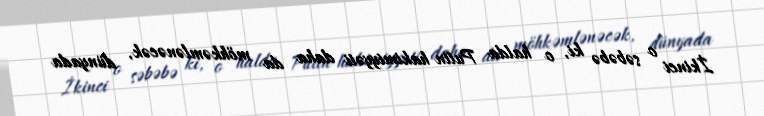
İkinci o səbəbə ki, o halda Putin hakimiyyəti daha da möhkəmlənəcək, dünyada